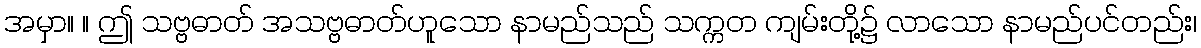
အမှာ။ ။ ဤ သဗ္ဗဓာတ် အသဗ္ဗဓာတ်ဟူသော နာမည်သည် သက္ကတ ကျမ်းတို့၌ လာသော နာမည်ပင်တည်း၊